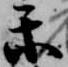
楽